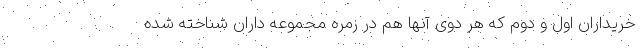
خریداران اول و دوم که هر دوی آنها هم در زمره مجموعه داران شناخته شده